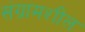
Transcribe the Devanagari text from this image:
संग्रामशील